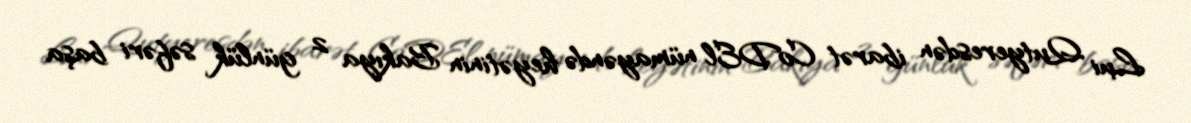
Lui Qutyeresdən ibarət CoDEl nümayəndə heyətinin Bakıya 2 günlük səfəri başa